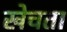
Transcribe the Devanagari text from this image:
खेचता